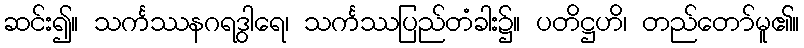
ဆင်း၍။ သင်္ကဿနဂရဒွါရေ၊ သင်္ကဿပြည်တံခါး၌။ ပတိဋ္ဌဟိ၊ တည်တော်မူ၏။